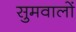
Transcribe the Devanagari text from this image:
सुमवालों